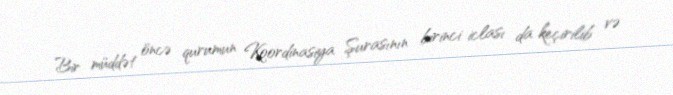
Bir müddət öncə qurumun Koordinasiya Şurasının birinci iclası da keçirilib və